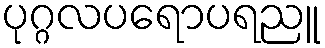
ပုဂ္ဂလပရောပရညူ